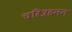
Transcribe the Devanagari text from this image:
चरित्रहनन